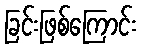
ခြင်းဖြစ်ကြောင်း